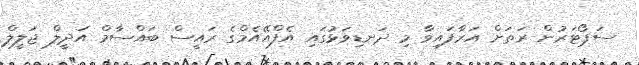
ސަޕޯޓަރުން ރަތަށް އަރާފައިވާ މި ދަނޑިވަޅުގައި އެފްއޭއެމްގެ ރައީސް ބައްސާމް އަދީލް ޖަލީލް